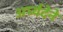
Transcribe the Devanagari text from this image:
अर्घ्यदेने